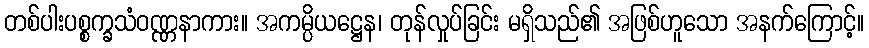
တစ်ပါးပစ္စက္ခသံဝဏ္ဏနာကား။ အကမ္ပိယဋ္ဌေန၊ တုန်လှုပ်ခြင်း မရှိသည်၏ အဖြစ်ဟူသော အနက်ကြောင့်။